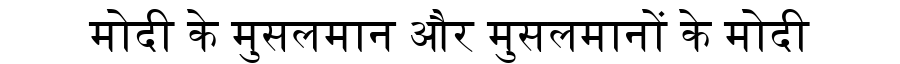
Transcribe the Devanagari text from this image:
मोदी के मुसलमान और मुसलमानों के मोदी